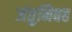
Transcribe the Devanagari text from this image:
जंतुनिवह